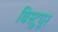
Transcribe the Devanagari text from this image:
बिस्टुपूर